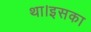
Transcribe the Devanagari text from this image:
था।इसका